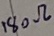
Text: 180Ω